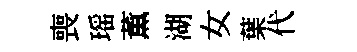
喪瑶薫湖女葉代